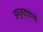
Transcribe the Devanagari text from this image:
अणुभट्ट्याची